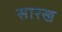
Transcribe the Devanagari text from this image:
सारख